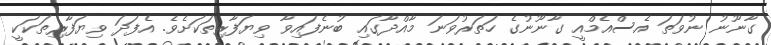
ގާނޫނު ނުވަތަ އެސްއެމްއީ ގާނޫނުގެ ހަތަރުވަނަ މާއްދާގައި ބުނެފައިވާ ވިޔަފާރިތަކަށެވެ. އެފަދަ ވިޔަފާރިތަކަކީ